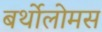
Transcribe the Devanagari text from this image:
बर्थोलोमस